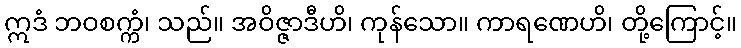
ဣဒံ ဘဝစက္ကံ၊ သည်။ အဝိဇ္ဇာဒီဟိ၊ ကုန်သော။ ကာရဏေဟိ၊ တို့ကြောင့်။